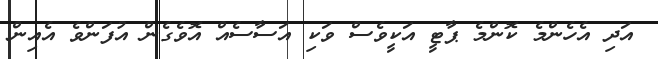
އަދި އެހެންމެ ކޮންމެ ޕާޓީ އަކީވެސް ވަކި އަސާސެއް އޮވެގެން އުފަންވެ އެއިން